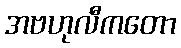
အဗဟုလီကတော